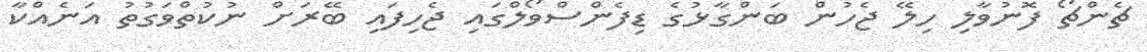
ޗެންޗޯ ފޮނުވާލި ހިލޭ ޖެހުން ބަންގާޅުގެ ޑިފެންސްވޯލްގައި ޖެހިފައި ބޭރަށް ނުކުތްވަގުތު އަނެއްކާ